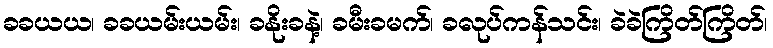
ခခယယ၊ ခခယမ်းယမ်း၊ ခနိုးခနဲ့၊ ခမီးခမက်၊ ခလုပ်ကန်သင်း၊ ခဲခဲကြိတ်ကြိတ်၊